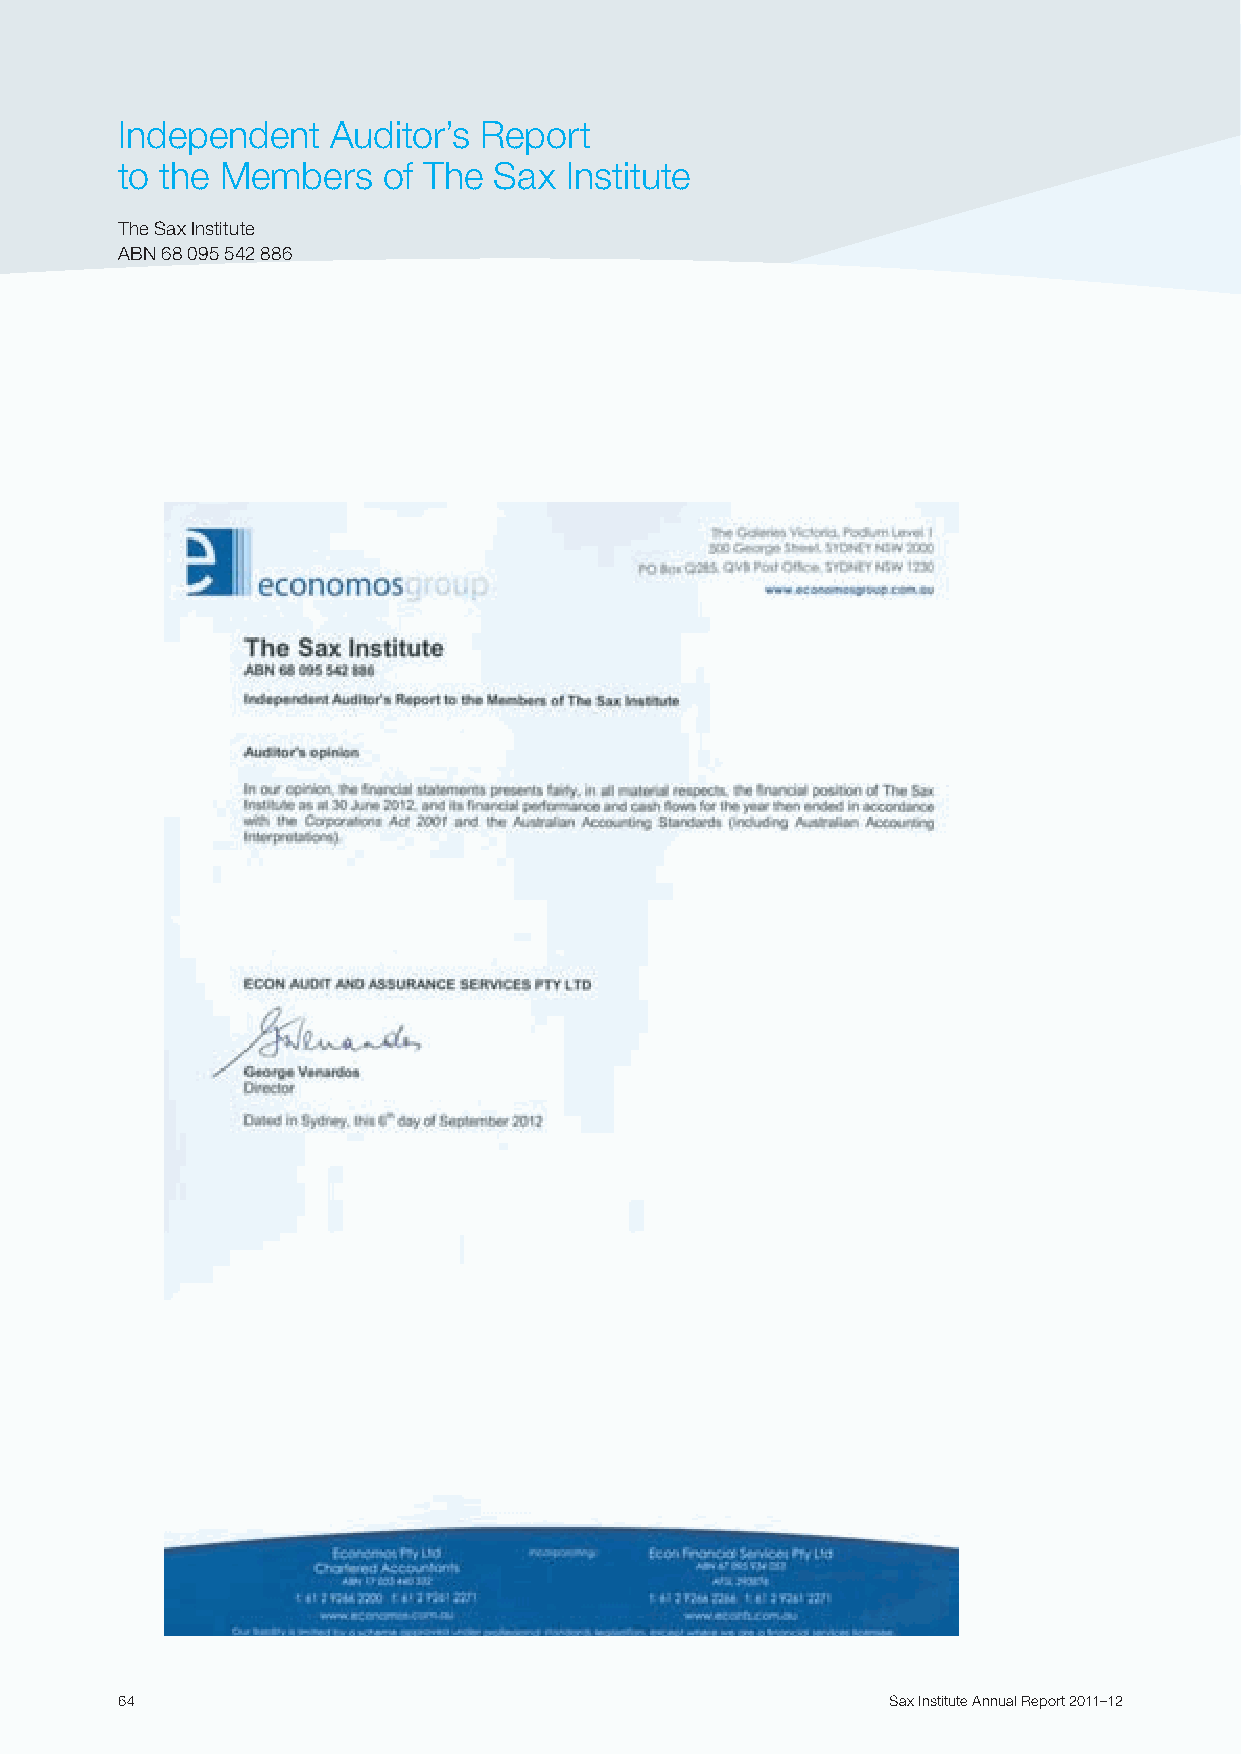
Independent   Auditor’s Report
 to the Members   of The  Sax  Institute
 The Sax Institute
 ABN 68 095 542 886
 64                                                 Sax Institute Annual Report 2011–12